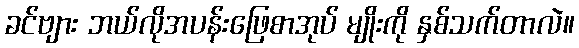
ခင်ဗျား ဘယ်လိုအပန်းဖြေစာအုပ် မျိုးကို နှစ်သက်တာလဲ။